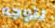
نتوجه